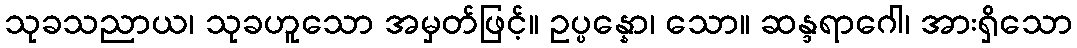
သုခသညာယ၊ သုခဟူသော အမှတ်ဖြင့်။ ဥပ္ပန္နော၊ သော။ ဆန္ဒရာဂေါ၊ အားရှိသော